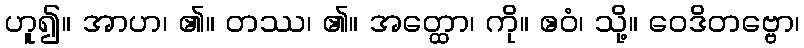
ဟူ၍။ အာဟ၊ ၏။ တဿ၊ ၏။ အတ္ထော၊ ကို။ ဧဝံ၊ သို့။ ဝေဒိတဗ္ဗော၊